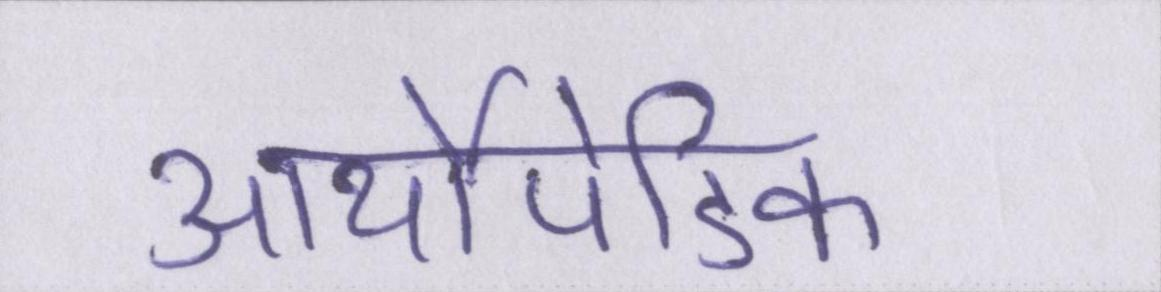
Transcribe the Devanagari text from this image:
आर्थोपेडिक